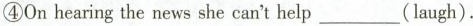
④Onhearing the news she can't help___(laugh).